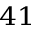
^ { 4 1 }